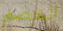
الخصم